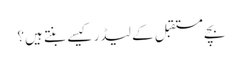
بچے مستقبل کے لیڈر کیسے بنتے ہیں؟